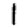
Digit: 1